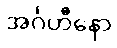
အင်္ဂဟီနော